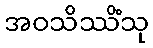
အဝသိဿိံသု